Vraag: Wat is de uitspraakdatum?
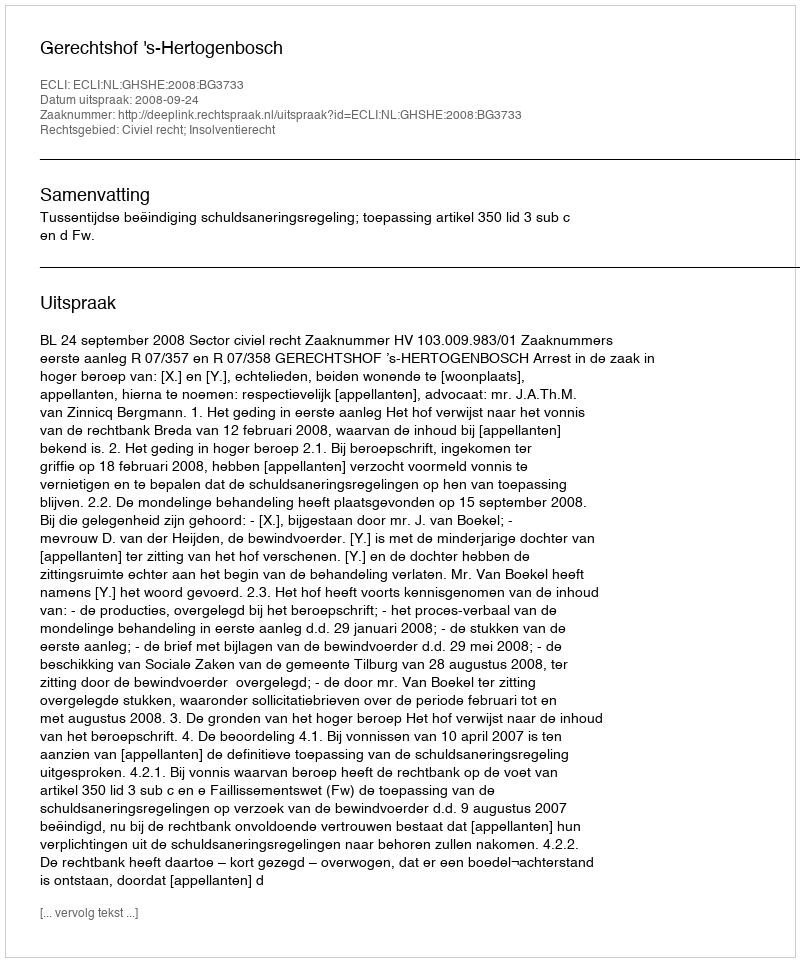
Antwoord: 2008-09-24